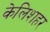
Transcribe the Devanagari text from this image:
केलिशहर